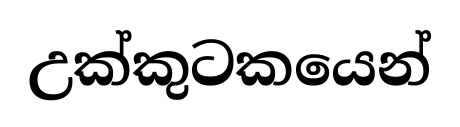
උක්කුටකයෙන්